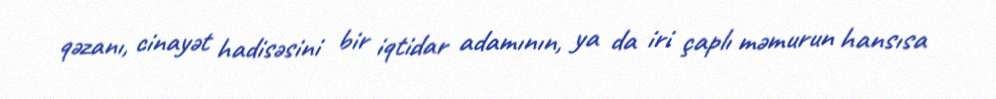
qəzanı, cinayət hadisəsini bir iqtidar adamının, ya da iri çaplı məmurun hansısa